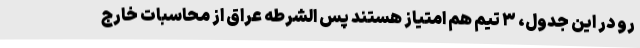
رو در این جدول، ۳ تیم هم امتیاز هستند پس الشرطه عراق از محاسبات خارج